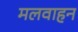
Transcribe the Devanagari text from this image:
मलवाहन